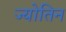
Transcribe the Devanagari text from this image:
ज्योतिन